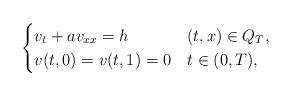
LaTeX: \begin{align*}\begin{cases}v_t + av_{xx} =h & (t,x) \in Q_T,\\v(t,0)=v(t,1)=0 & t \in (0,T),\\\end{cases}\end{align*}